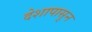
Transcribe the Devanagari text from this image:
देशापासुन